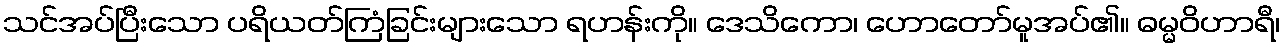
သင်အပ်ပြီးသော ပရိယတ်ကြံခြင်းများသော ရဟန်းကို။ ဒေသိကော၊ ဟောတော်မူအပ်၏။ ဓမ္မဝိဟာရီ၊